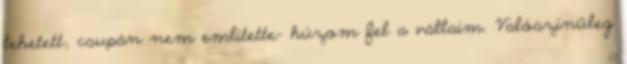
lehetett; csupán nem említette- húzom fel a vállaim. Valószínűleg